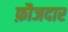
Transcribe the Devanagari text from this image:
फ़ौजदार